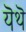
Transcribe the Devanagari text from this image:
यॆथॆ